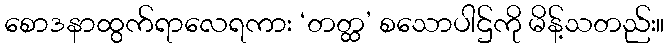
စောဒနာထွက်ရာလေရကား ‘တတ္ထ’ စသောပါဌ်ကို မိန့်သတည်း။